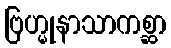
ဗြဟ္မုနာသာကစ္ဆာ